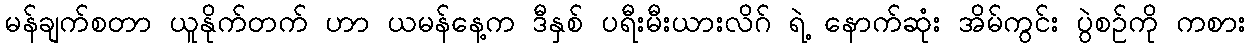
မန်ချက်စတာ ယူနိုက်တက် ဟာ ယမန်နေ့က ဒီနှစ် ပရီးမီးယားလိဂ် ရဲ့ နောက်ဆုံး အိမ်ကွင်း ပွဲစဉ်ကို ကစား